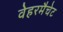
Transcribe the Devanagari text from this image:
वेहरमैचेट